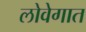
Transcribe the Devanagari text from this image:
लोवेगात